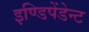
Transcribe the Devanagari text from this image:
इण्डिपेंडेन्ट